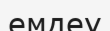
емдеу